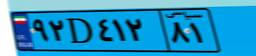
۹۲D۴۱۲۸۱